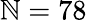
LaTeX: \mathbb{N}=78